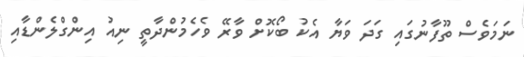
ނަމަވެސް ތޫފާނުގައި ގަދަ ވަޔާ އެކު ބޯކޮށް ވާރޭ ވެހެމުންދާތީ ނިއު އިންގްލެންޑާއި